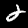
Digit: 2